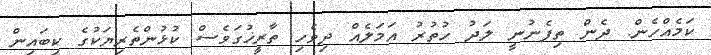
ކަމެއްހެން. ދެން ތިފެނުނީ ލަދު ހުތުރު އަމަލެއް ދިވެހި ތާރީޚުގަވެސް ކުޅުުންތެރިޔަކުގެ ކިބައިން